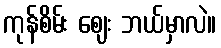
ကုန်စိမ်း ဈေး ဘယ်မှာလဲ။